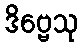
ဒိဗ္ဗေသု